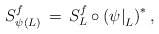
\begin{align*} S^f_{\psi(L)} \,=\, S_L^f \circ \left( \psi {\mid}_{L}\right)^*,\end{align*}